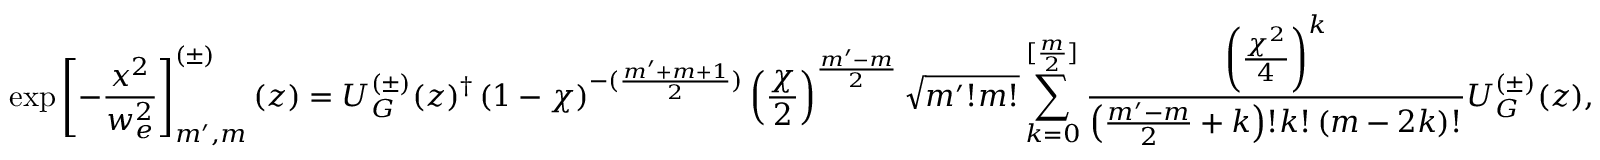
\exp \left[ - \frac { x ^ { 2 } } { w _ { e } ^ { 2 } } \right] _ { m ^ { \prime } , m } ^ { ( \pm ) } ( z ) = U _ { G } ^ { ( \pm ) } ( z ) ^ { \dag } \left( 1 - \chi \right) ^ { - ( \frac { m ^ { \prime } + m + 1 } { 2 } ) } \left( \frac { \chi } { 2 } \right) ^ { \frac { m ^ { \prime } - m } { 2 } } \sqrt { m ^ { \prime } ! m ! } \sum _ { k = 0 } ^ { [ \frac { m } { 2 } ] } \frac { \left( \frac { \chi ^ { 2 } } { 4 } \right) ^ { k } } { \left( \frac { m ^ { \prime } - m } { 2 } + k \right) ! k ! \left( m - 2 k \right) ! } U _ { G } ^ { ( \pm ) } ( z ) ,